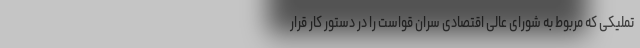
تملیکی که مربوط به شورای عالی اقتصادی سران قواست را در دستور کار قرار